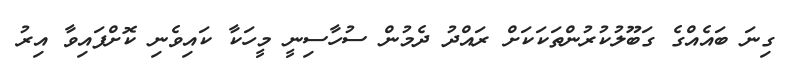
ގިނަ ބައެއްގެ ގަބޫލުކުރުންތަކަކަށް ރައްދު ދެމުން ސުހާސިނީ މީހަކާ ކައިވެނި ކޮށްފައިވާ އިރު